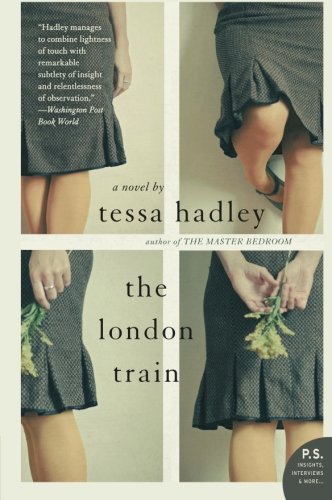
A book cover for The London Train; Tessa Hadley; Literature & Fiction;